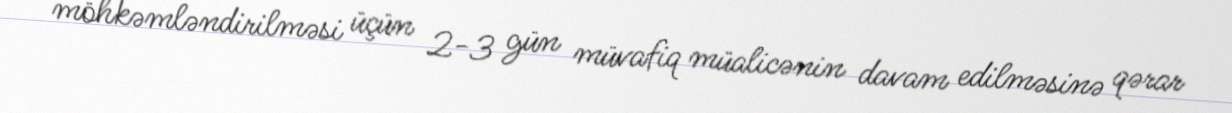
möhkəmləndirilməsi üçün 2-3 gün müvafiq müalicənin davam edilməsinə qərar